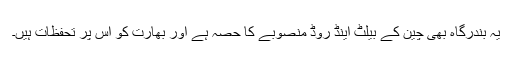
یہ بندرگاہ بھی چین کے بیلٹ اینڈ روڈ منصوبے کا حصہ ہے اور بھارت کو اس پر تحفظات ہیں۔